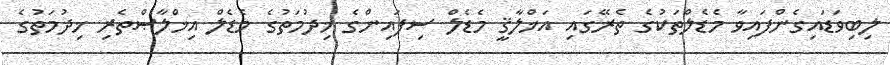
ލިބިވަޑައިގެންފައިވާ މެޑެލްތަކުގެ ތެރޭގައި އަޚްލާޤީ މެޑެލް ސިފައިންގެ ޚިދުމަތުގެ މެޑެލް އިޚްލާޞްތެރި ޚިދުމަތުގެ